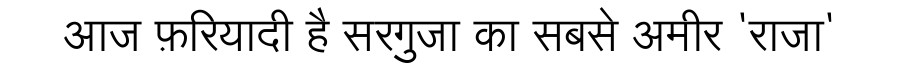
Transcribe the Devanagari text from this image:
आज फ़रियादी है सरगुजा का सबसे अमीर 'राजा'